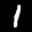
Label: 1